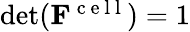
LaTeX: \begin{array}{r}{\operatorname*{det}(\mathbf{F}^{\mathrm{~c~e~l~l~}})=1}\end{array}